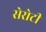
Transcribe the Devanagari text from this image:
सेरोटी